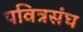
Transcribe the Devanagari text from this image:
पवित्रसंघ